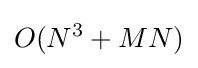
O(N^{3}+MN)